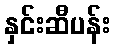
နှင်းဆီပန်း